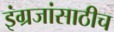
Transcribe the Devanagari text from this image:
इंग्रजांसाठीच